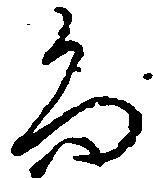
尚